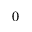
_ 0